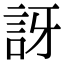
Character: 訝